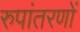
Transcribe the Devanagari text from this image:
रुपांतरणों